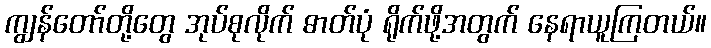
ကျွန်တော်တို့တွေ အုပ်စုလိုက် ဓာတ်ပုံ ရိုက်ဖို့အတွက် နေရာယူကြတယ်။